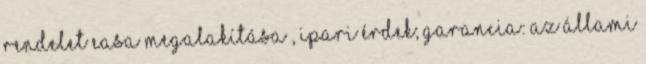
rendelet EASA megalakítása , ipari érdek; Garancia: az állami